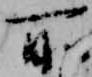
所